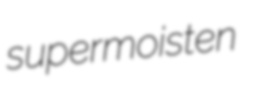
supermoisten